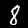
Label: 8